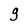
Character: g